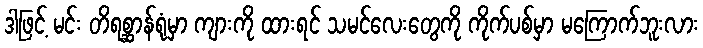
ဒါဖြင့် မင်း တိရစ္ဆာန်ရုံမှာ ကျားကို ထားရင် သမင်လေးတွေကို ကိုက်ပစ်မှာ မကြောက်ဘူးလား